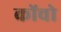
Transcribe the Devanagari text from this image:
कोंचो